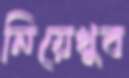
নিয়েখুব